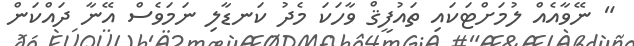
" ނޭވާއެއް ލުމަށްޓަކައި ތައުފީޤް ވާހަކަ މެދު ކަނޑާލި ނަމަވެސް އޭނާ ދައްކަން